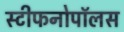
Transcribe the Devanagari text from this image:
स्टीफनोपॉलस